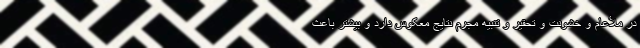
در ملأعام و خشونت و تحقیر و تنبیه مجرم نتایج معکوس دارد و بیشتر باعث